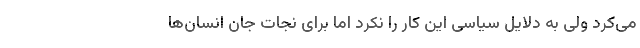
می‌کرد ولی به دلایل سیاسی این کار را نکرد اما برای نجات جان انسان‌ها